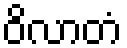
ဝိလာတံ